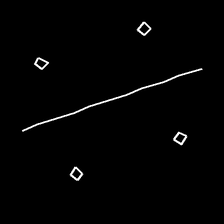
Glyph: cool